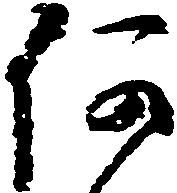
何